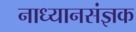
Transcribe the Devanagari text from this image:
नाध्यानसंज्ञक